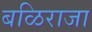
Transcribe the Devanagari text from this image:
बळिराजा